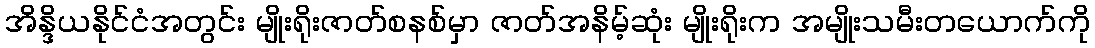
အိန္ဒိယနိုင်ငံအတွင်း မျိုးရိုးဇာတ်စနစ်မှာ ဇာတ်အနိမ့်ဆုံး မျိုးရိုးက အမျိုးသမီးတယောက်ကို